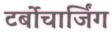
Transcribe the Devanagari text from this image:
टर्बोचार्जिंग